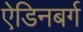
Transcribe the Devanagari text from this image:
ऐडिनबर्ग